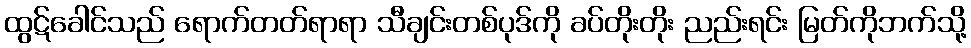
ထွဋ်ခေါင်သည် ရောက်တတ်ရာရာ သီချင်းတစ်ပုဒ်ကို ခပ်တိုးတိုး ညည်းရင်း မြတ်ကိုဘက်သို့